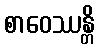
စာဝေဿန္တိ